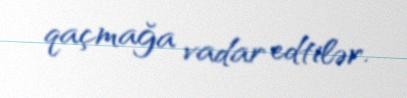
qaçmağa vadar edtilər.